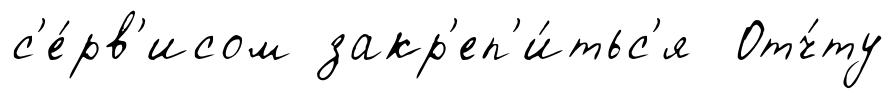
с'е́рв'исом закр'еп'и́тьс'я Отч́ту